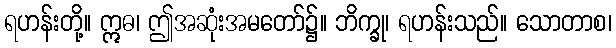
ရဟန်းတို့။ ဣဓ၊ ဤအဆုံးအမတော်၌။ ဘိက္ခု၊ ရဟန်းသည်။ သောတာစ၊